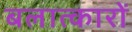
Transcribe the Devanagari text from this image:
बलात्कारों